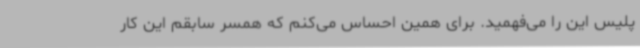
پلیس این را می‌فهمید. برای همین احساس می‌کنم که همسر سابقم این کار